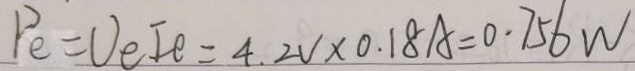
P _ { e } = U e I e = 4 . 2 V \times 0 . 1 8 A = 0 . 7 5 6 W